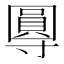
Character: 𭕂